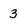
Character: 3